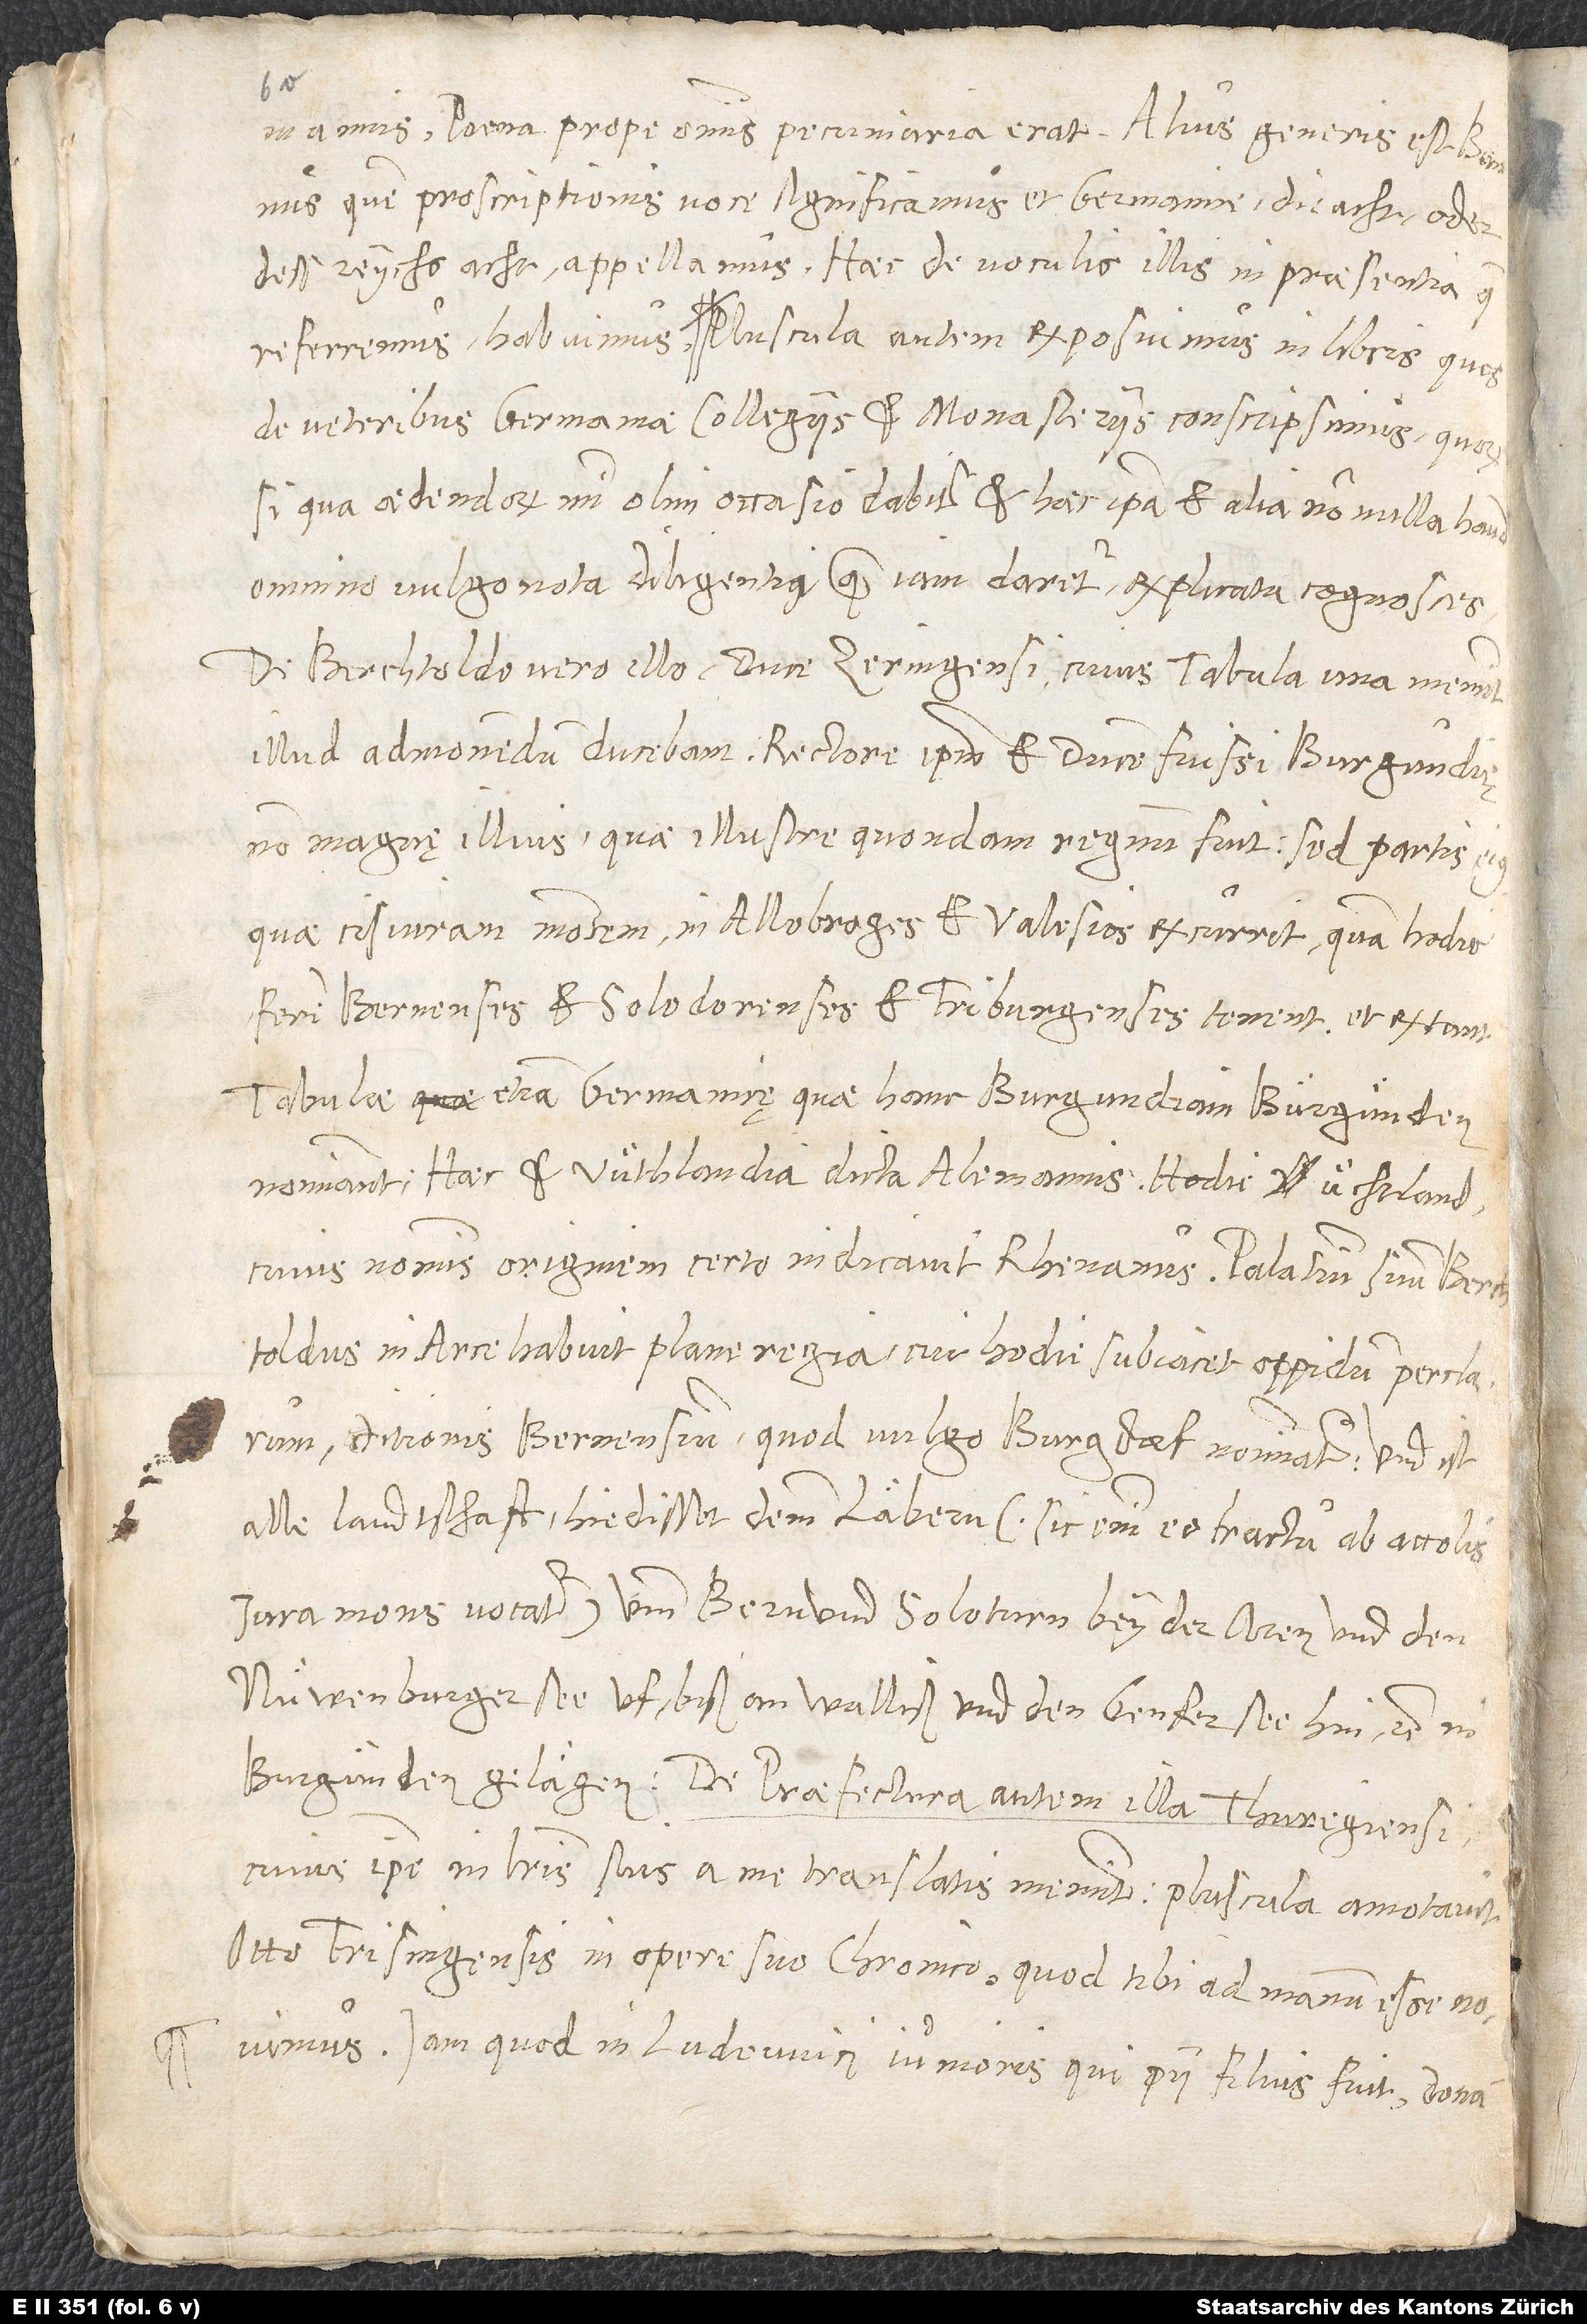
invemannis. Poena prope omnis pecuniaria erat. Aliud generis est bannus,
quem proscriptionis voce significamus et Germanice „die acht“ oder
referremus, habuimus. Pluscula autem exposuimus in libris, quos
de veteribus Germaniae collegiis et monasteriis conscripsimus, quorum
si qua aedendorum mihi olim occasio dabitur, et haec ipsa et alia nonnulla haud
omnino vulgo nota diligentius, quam iam daretur, explicata cognosces.
De Berchtoldo vero illo, duce Zeringensi, cuius tabula una meminit,
illud admonendum ducebam. Rectorem ipsum et ducem fuisse Burgundię
non magnę illius, quae illustre quondam regnum fuit, sed partis eius,
quae cis Iuram nostrum in Allobroges et Valesios excurrit, quam hodie
fere Bernenses et Solodorenses et Friburgenses tenent, et extant
tabulae etiam Germanicę, quae hanc Burgundiam „in Bürgünden“
nominant; haec et Vüthlandia dicta Alemannis, hodie Üechtland,
cuius nominis originem certo indicavit Rhenanus. Palatium suum Berchtoldus
in arce habuit plane regia, cui hodie subiacet oppidum perclarum
ditionis Bernensium, quod vulgo Burgdorf nominatur, „und ist
alle landtschaft hie disset demm Läbern“ (sic enim eo tractu ab accolis
Iura mons vocatur) „umb Bern und Soloturn bey der Aren und den
Nüwenburgersee uf biß an Walliß und den Genfersee hin etc. in
cuius ipse in literis suis a me translatis meminit, pluscula annotavit
Otto Frisingensis in opere suo chronico, quod tibi ad manum esse novimus.
Iam quod in Ludovici iunioris, qui Pii filius fuit, donat